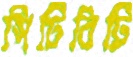
সিটিবিটি